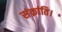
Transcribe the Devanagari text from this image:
संक्रांति।